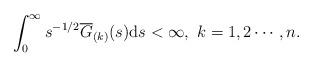
LaTeX: \begin{align*}\int_{0}^{\infty}s^{-1/2}\overline{G}_{(k)}(s)\mathrm{d}s<\infty,~k=1,2\cdots,n.\end{align*}